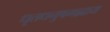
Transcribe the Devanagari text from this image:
धृतधनुषमह्नाय